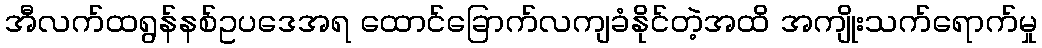
အီလက်ထရွန်နစ်ဥပဒေအရ ထောင်ခြောက်လကျခံနိုင်တဲ့အထိ အကျိုးသက်ရောက်မှု